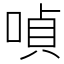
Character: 𠸩